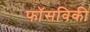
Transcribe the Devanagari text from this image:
फॉसविकी